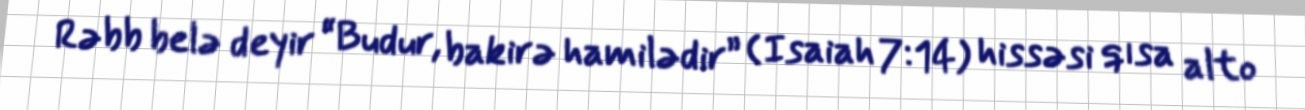
Rəbb belə deyir “Budur, bakirə hamilədir” (Isaiah 7:14) hissəsi qısa alto